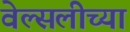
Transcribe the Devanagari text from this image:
वेल्सलीच्या